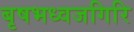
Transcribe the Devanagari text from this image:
बृषभध्वजगिरि